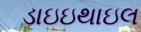
ડાઇઇથાઇલ